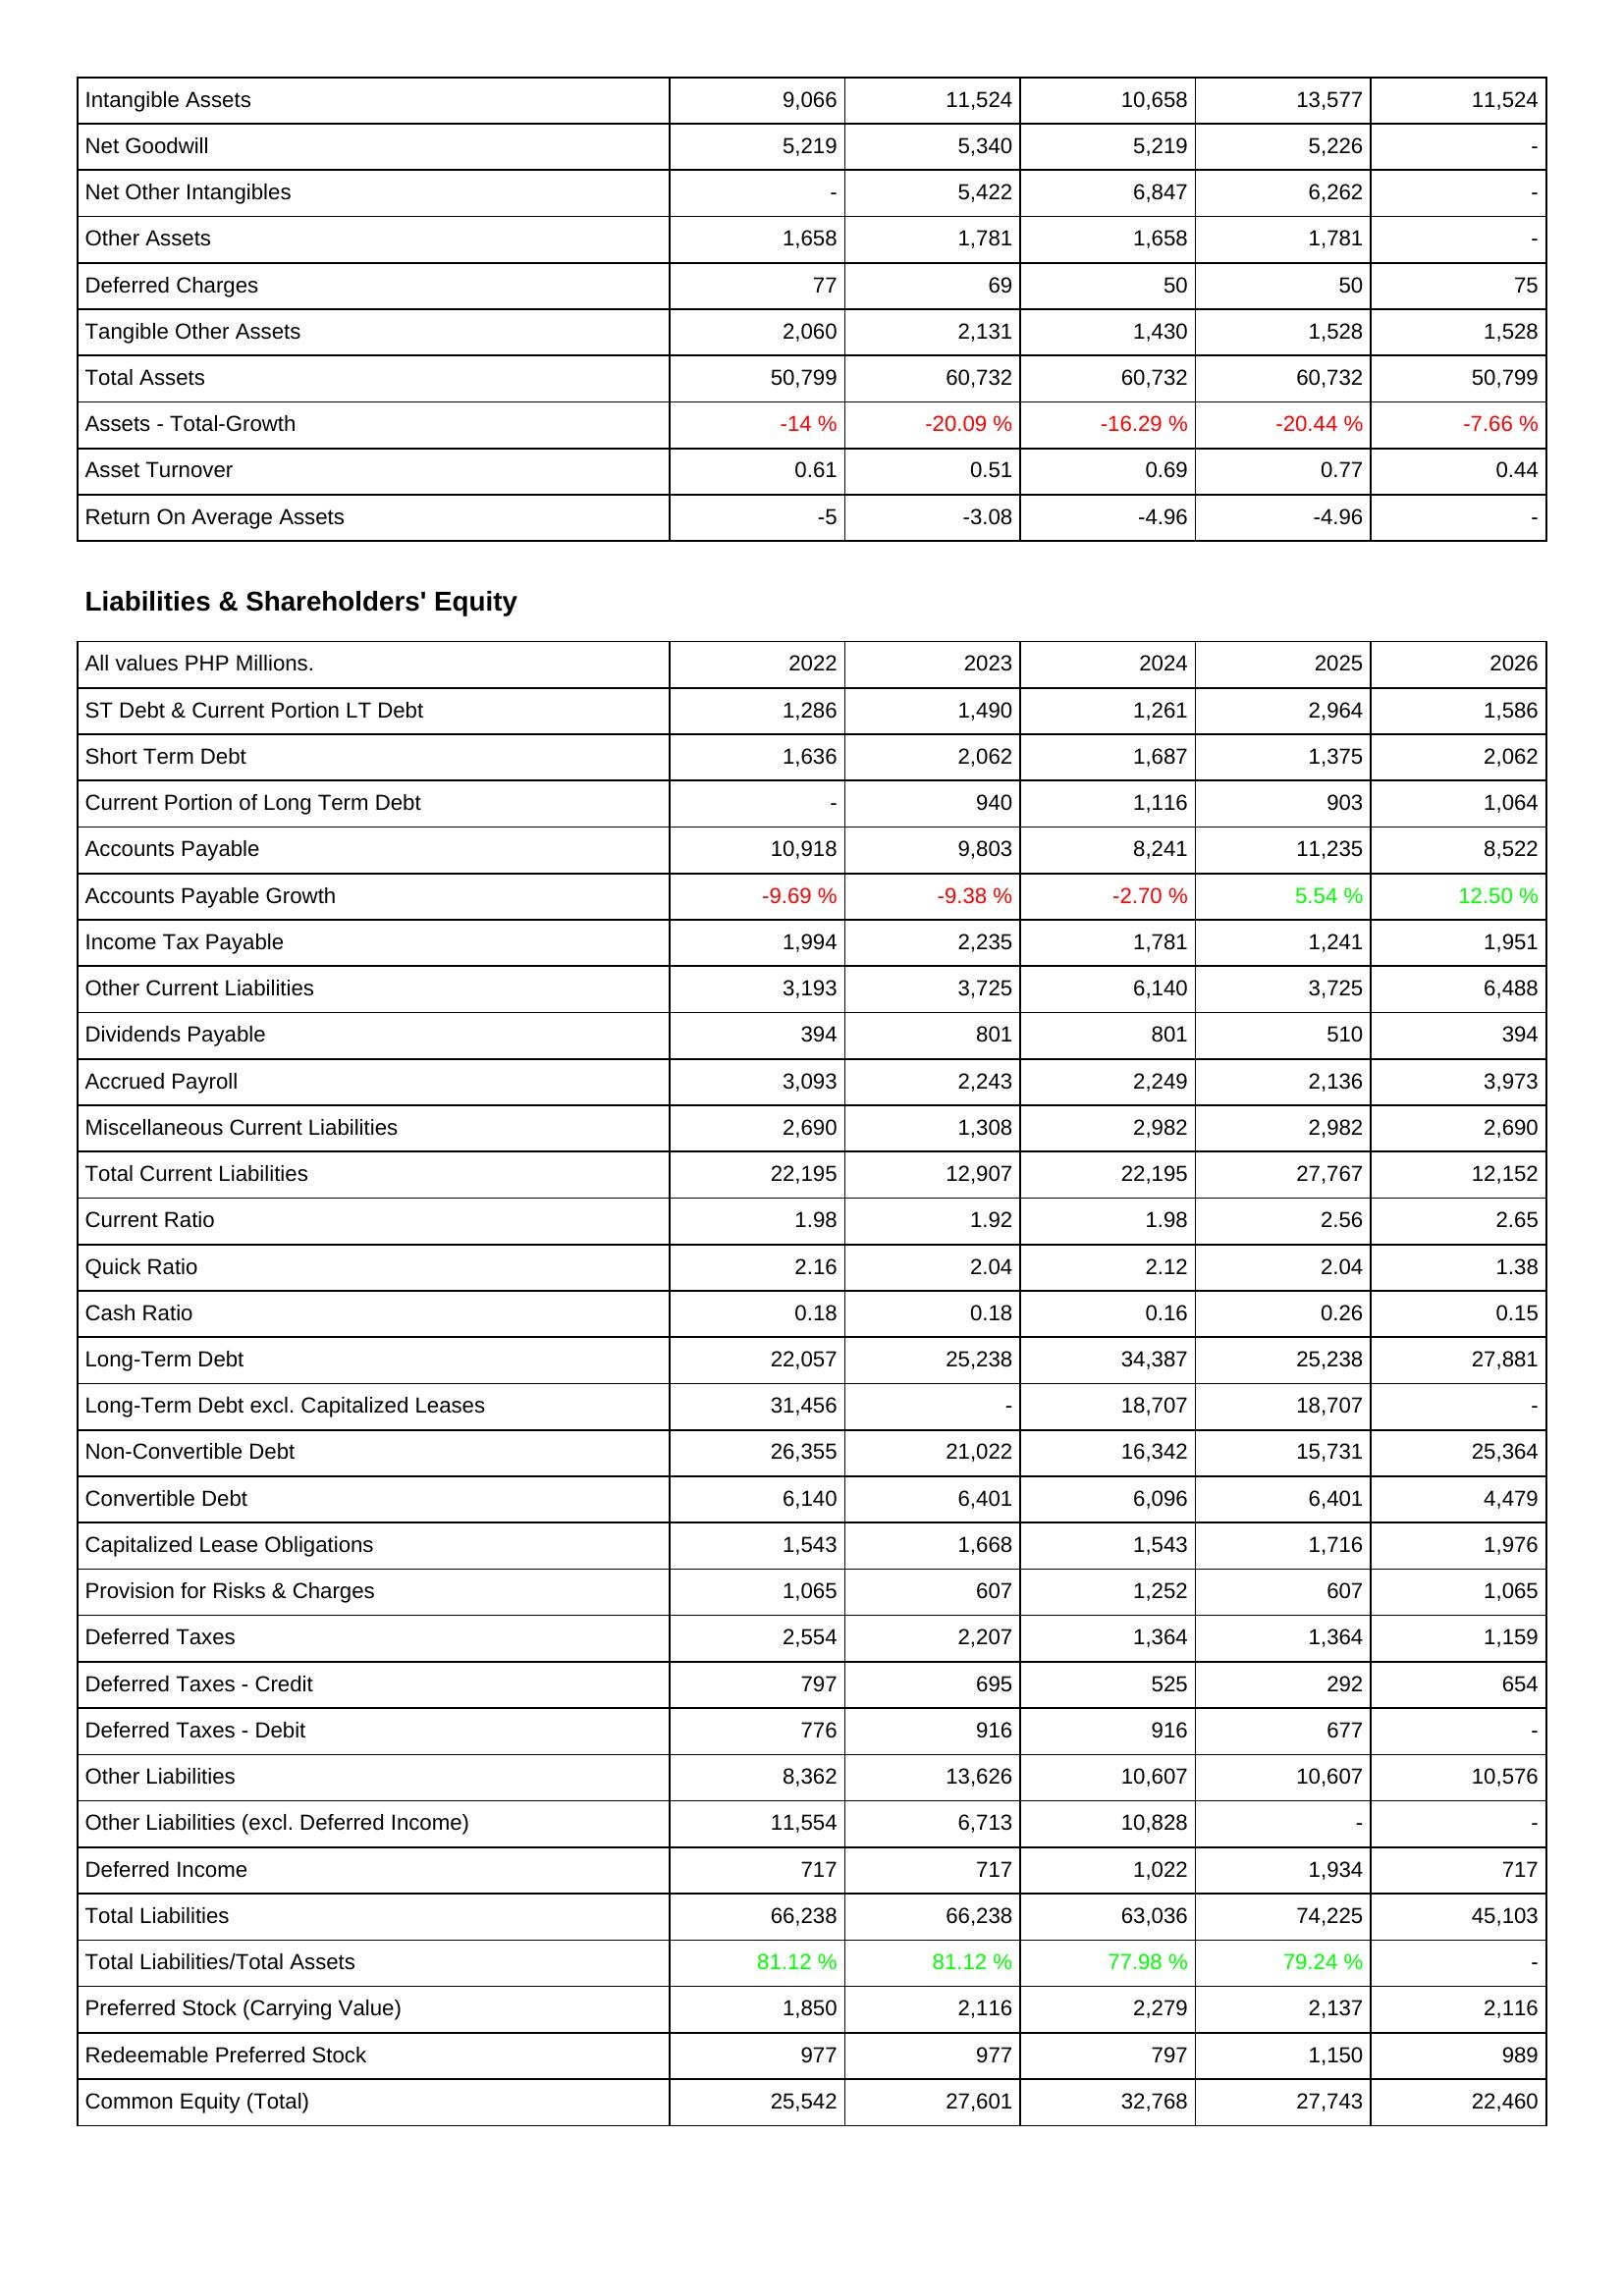
2022: Assets: Intangible Assets: 9,066
Net Goodwill: 5,219
Net Other Intangibles: -
Other Assets: 1,658
Deferred Charges: 77
Tangible Other Assets: 2,060
Total Assets: 50,799
Assets - Total-Growth: -14 %
Asset Turnover: 0.61
Return On Average Assets: -5
Liabilities & Shareholders' Equity: ST Debt & Current Portion LT Debt: 1,286
Short Term Debt: 1,636
Current Portion of Long Term Debt: -
Accounts Payable: 10,918
Accounts Payable Growth: -9.69 %
Income Tax Payable: 1,994
Other Current Liabilities: 3,193
Dividends Payable: 394
Accrued Payroll: 3,093
Miscellaneous Current Liabilities: 2,690
Total Current Liabilities: 22,195
Current Ratio: 1.98
Quick Ratio: 2.16
Cash Ratio: 0.18
Long-Term Debt: 22,057
Long-Term Debt excl. Capitalized Leases: 31,456
Non-Convertible Debt: 26,355
Convertible Debt: 6,140
Capitalized Lease Obligations: 1,543
Provision for Risks & Charges: 1,065
Deferred Taxes: 2,554
Deferred Taxes - Credit: 797
Deferred Taxes - Debit: 776
Other Liabilities: 8,362
Other Liabilities (excl. Deferred Income): 11,554
Deferred Income: 717
Total Liabilities: 66,238
Total Liabilities/Total Assets: 81.12 %
Preferred Stock (Carrying Value): 1,850
Redeemable Preferred Stock: 977
Common Equity (Total): 25,542
2023: Assets: Intangible Assets: 11,524
Net Goodwill: 5,340
Net Other Intangibles: 5,422
Other Assets: 1,781
Deferred Charges: 69
Tangible Other Assets: 2,131
Total Assets: 60,732
Assets - Total-Growth: -20.09 %
Asset Turnover: 0.51
Return On Average Assets: -3.08
Liabilities & Shareholders' Equity: ST Debt & Current Portion LT Debt: 1,490
Short Term Debt: 2,062
Current Portion of Long Term Debt: 940
Accounts Payable: 9,803
Accounts Payable Growth: -9.38 %
Income Tax Payable: 2,235
Other Current Liabilities: 3,725
Dividends Payable: 801
Accrued Payroll: 2,243
Miscellaneous Current Liabilities: 1,308
Total Current Liabilities: 12,907
Current Ratio: 1.92
Quick Ratio: 2.04
Cash Ratio: 0.18
Long-Term Debt: 25,238
Long-Term Debt excl. Capitalized Leases: -
Non-Convertible Debt: 21,022
Convertible Debt: 6,401
Capitalized Lease Obligations: 1,668
Provision for Risks & Charges: 607
Deferred Taxes: 2,207
Deferred Taxes - Credit: 695
Deferred Taxes - Debit: 916
Other Liabilities: 13,626
Other Liabilities (excl. Deferred Income): 6,713
Deferred Income: 717
Total Liabilities: 66,238
Total Liabilities/Total Assets: 81.12 %
Preferred Stock (Carrying Value): 2,116
Redeemable Preferred Stock: 977
Common Equity (Total): 27,601
2024: Assets: Intangible Assets: 10,658
Net Goodwill: 5,219
Net Other Intangibles: 6,847
Other Assets: 1,658
Deferred Charges: 50
Tangible Other Assets: 1,430
Total Assets: 60,732
Assets - Total-Growth: -16.29 %
Asset Turnover: 0.69
Return On Average Assets: -4.96
Liabilities & Shareholders' Equity: ST Debt & Current Portion LT Debt: 1,261
Short Term Debt: 1,687
Current Portion of Long Term Debt: 1,116
Accounts Payable: 8,241
Accounts Payable Growth: -2.70 %
Income Tax Payable: 1,781
Other Current Liabilities: 6,140
Dividends Payable: 801
Accrued Payroll: 2,249
Miscellaneous Current Liabilities: 2,982
Total Current Liabilities: 22,195
Current Ratio: 1.98
Quick Ratio: 2.12
Cash Ratio: 0.16
Long-Term Debt: 34,387
Long-Term Debt excl. Capitalized Leases: 18,707
Non-Convertible Debt: 16,342
Convertible Debt: 6,096
Capitalized Lease Obligations: 1,543
Provision for Risks & Charges: 1,252
Deferred Taxes: 1,364
Deferred Taxes - Credit: 525
Deferred Taxes - Debit: 916
Other Liabilities: 10,607
Other Liabilities (excl. Deferred Income): 10,828
Deferred Income: 1,022
Total Liabilities: 63,036
Total Liabilities/Total Assets: 77.98 %
Preferred Stock (Carrying Value): 2,279
Redeemable Preferred Stock: 797
Common Equity (Total): 32,768
2025: Assets: Intangible Assets: 13,577
Net Goodwill: 5,226
Net Other Intangibles: 6,262
Other Assets: 1,781
Deferred Charges: 50
Tangible Other Assets: 1,528
Total Assets: 60,732
Assets - Total-Growth: -20.44 %
Asset Turnover: 0.77
Return On Average Assets: -4.96
Liabilities & Shareholders' Equity: ST Debt & Current Portion LT Debt: 2,964
Short Term Debt: 1,375
Current Portion of Long Term Debt: 903
Accounts Payable: 11,235
Accounts Payable Growth: 5.54 %
Income Tax Payable: 1,241
Other Current Liabilities: 3,725
Dividends Payable: 510
Accrued Payroll: 2,136
Miscellaneous Current Liabilities: 2,982
Total Current Liabilities: 27,767
Current Ratio: 2.56
Quick Ratio: 2.04
Cash Ratio: 0.26
Long-Term Debt: 25,238
Long-Term Debt excl. Capitalized Leases: 18,707
Non-Convertible Debt: 15,731
Convertible Debt: 6,401
Capitalized Lease Obligations: 1,716
Provision for Risks & Charges: 607
Deferred Taxes: 1,364
Deferred Taxes - Credit: 292
Deferred Taxes - Debit: 677
Other Liabilities: 10,607
Other Liabilities (excl. Deferred Income): -
Deferred Income: 1,934
Total Liabilities: 74,225
Total Liabilities/Total Assets: 79.24 %
Preferred Stock (Carrying Value): 2,137
Redeemable Preferred Stock: 1,150
Common Equity (Total): 27,743
2026: Assets: Intangible Assets: 11,524
Net Goodwill: -
Net Other Intangibles: -
Other Assets: -
Deferred Charges: 75
Tangible Other Assets: 1,528
Total Assets: 50,799
Assets - Total-Growth: -7.66 %
Asset Turnover: 0.44
Return On Average Assets: -
Liabilities & Shareholders' Equity: ST Debt & Current Portion LT Debt: 1,586
Short Term Debt: 2,062
Current Portion of Long Term Debt: 1,064
Accounts Payable: 8,522
Accounts Payable Growth: 12.50 %
Income Tax Payable: 1,951
Other Current Liabilities: 6,488
Dividends Payable: 394
Accrued Payroll: 3,973
Miscellaneous Current Liabilities: 2,690
Total Current Liabilities: 12,152
Current Ratio: 2.65
Quick Ratio: 1.38
Cash Ratio: 0.15
Long-Term Debt: 27,881
Long-Term Debt excl. Capitalized Leases: -
Non-Convertible Debt: 25,364
Convertible Debt: 4,479
Capitalized Lease Obligations: 1,976
Provision for Risks & Charges: 1,065
Deferred Taxes: 1,159
Deferred Taxes - Credit: 654
Deferred Taxes - Debit: -
Other Liabilities: 10,576
Other Liabilities (excl. Deferred Income): -
Deferred Income: 717
Total Liabilities: 45,103
Total Liabilities/Total Assets: -
Preferred Stock (Carrying Value): 2,116
Redeemable Preferred Stock: 989
Common Equity (Total): 22,460